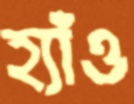
হ্যাঁও